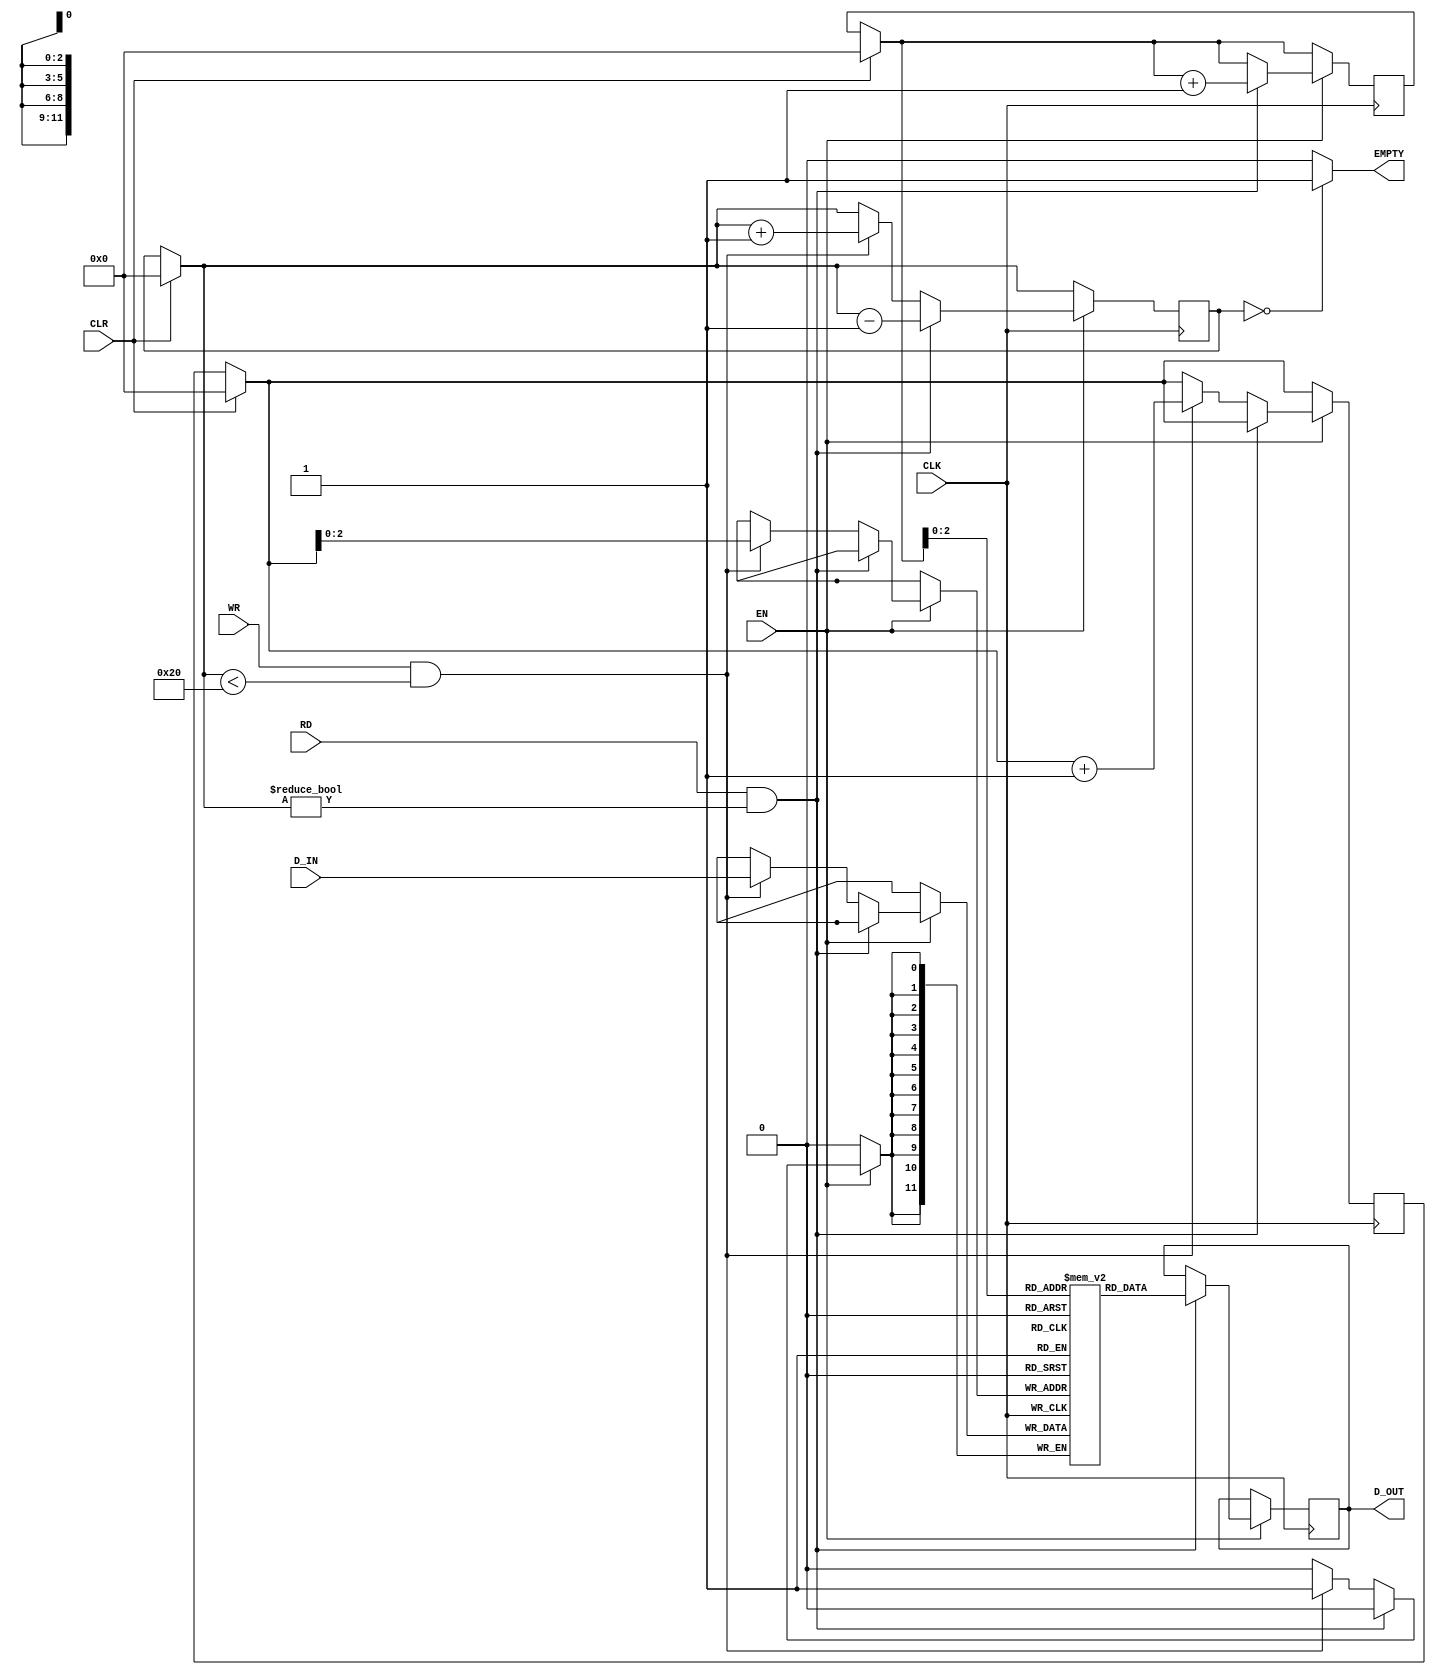
`timescale 1 ns / 1 ps


module scheduler_fifo(
	CLK, CLR,
	RD, WR, EN,
	EMPTY,
	D_IN, D_OUT);
	
	
parameter D_W = 12;
parameter C_W = 5; 

input CLK, CLR;
input RD, WR, EN;
input [D_W-1:0] D_IN;
output [D_W-1:0] D_OUT;
output EMPTY;




reg [C_W-1:0] Count = 0;
reg [D_W-1:0] FIFO [C_W-1:0];
reg [C_W-1:0] rdCounter = 0, wrCounter = 0;
reg [D_W-1:0] D_OUT_reg;

always @(posedge CLK)
	begin
		if(CLR)
			begin
				rdCounter = 0;
				wrCounter = 0;
				Count = 0;
			end	
		if(EN)
			begin
				if(RD == 1'b1 && Count !=0) begin
					D_OUT_reg <= FIFO[rdCounter];
					rdCounter = rdCounter + 1;
					Count = Count - 1;
				end
			else if (WR == 1'b1 && Count < 32) begin
				FIFO[wrCounter] <= D_IN;
				wrCounter = wrCounter + 1;
				Count = Count + 1;
			end
		end
	end	
/*	always @(*)
		begin
			if (rdCounter > wrCounter) begin
				Count = rdCounter - wrCounter;
			end
			if (wrCounter > rdCounter) begin
				Count = wrCounter - rdCounter;
			end
		end
*/		
assign EMPTY = (Count == 0)? 1'b1:1'b0;				
assign D_OUT = D_OUT_reg;			
			
			

endmodule